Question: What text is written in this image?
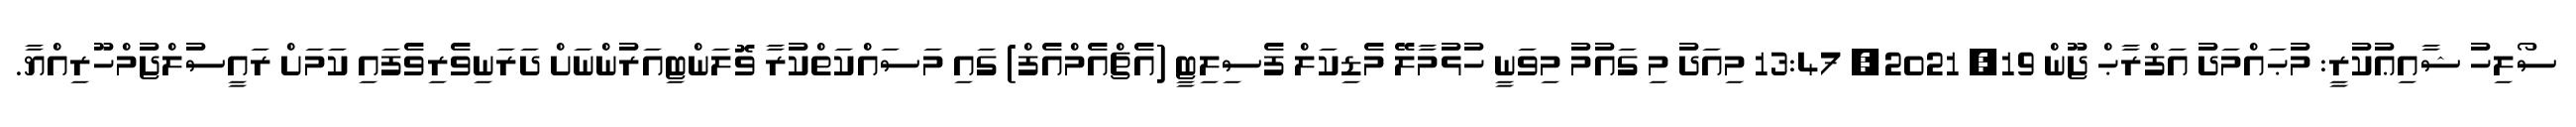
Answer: ސޯލިހު ޝާއިޢުކުރީ: މުޙައްމަދު އަފްރާޙް ޖޫން 19, 2021, 13:47 މިއަދު މި ގައުމު މިވަނީ ހުޅުމާލޭ މެޑިކަލް ފެސިލިޓީ (އެޗްއެމްއެފް) ގައި މަސައްކަތްކުރާ ވޮލަންޓިއަރުންނަށް ދަރަނިވެރިވެފައި ކަމަށް ރައީސުލްޖުމްހޫރިއްޔާ.